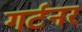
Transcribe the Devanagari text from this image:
गर्टनर